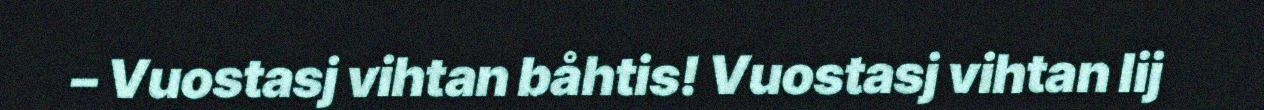
– Vuostasj vihtan båhtis! Vuostasj vihtan lij